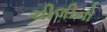
ચીલીનો